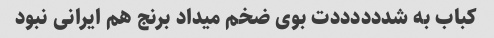
کباب به شددددددت بوی ضخم میداد برنج هم ایرانی نبود